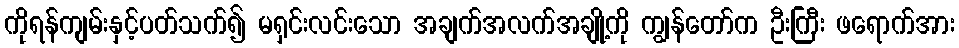
ကိုရန်ကျမ်းနှင့်ပတ်သက်၍ မရှင်းလင်းသော အချက်အလက်အချို့ကို ကျွန်တော်က ဦးကြီး ဖရောက်အား